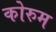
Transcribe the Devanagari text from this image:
कोरुम